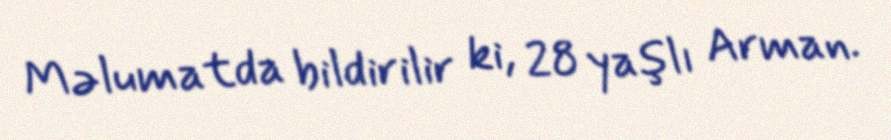
Məlumatda bildirilir ki, 28 yaşlı Arman.